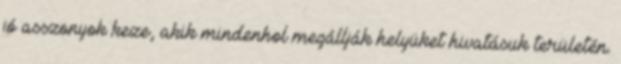
jó asszonyok keze, akik mindenhol megállják helyüket hivatásuk területén.